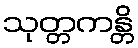
သုတ္တကန္တိ